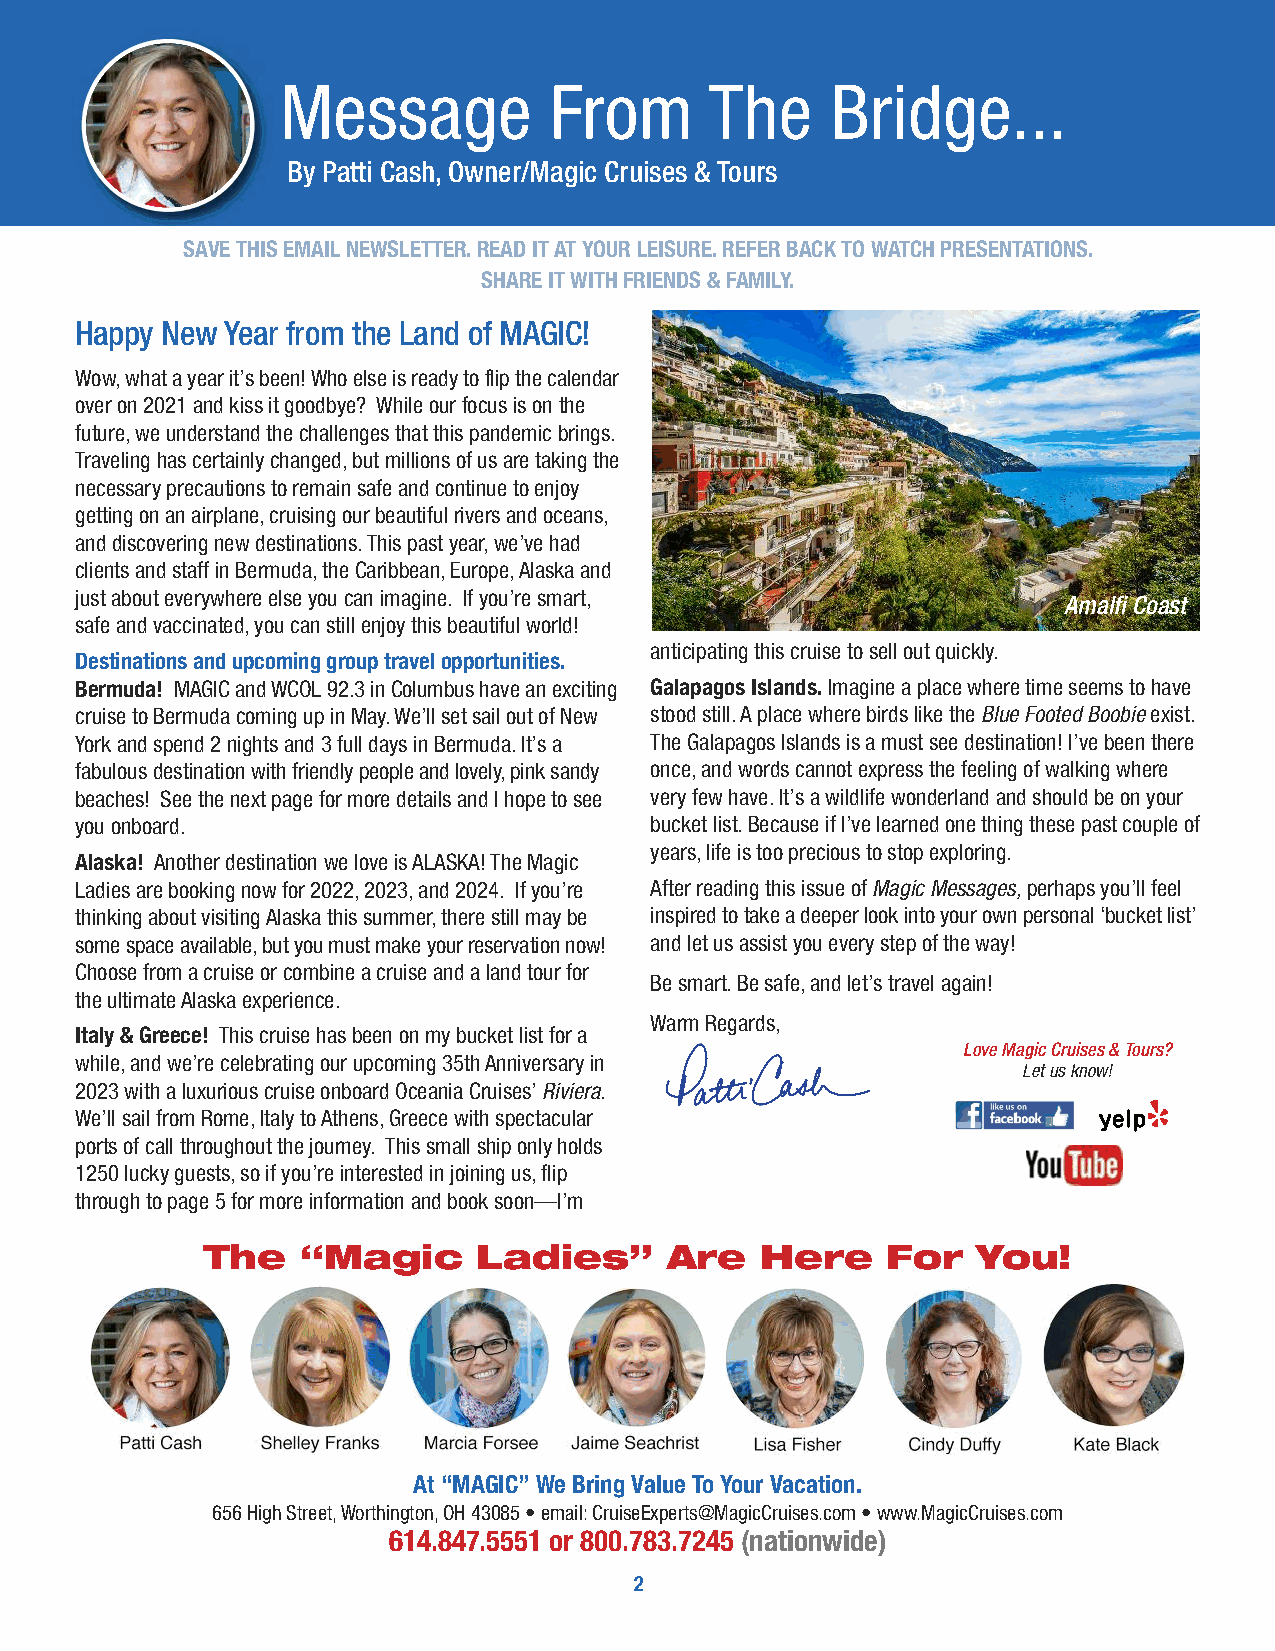
Message           From      The     Bridge...
 By Patti Cash, Owner/Magic Cruises & Tours
 SAVE THIS EMAIL NEWSLETTER. READ IT AT YOUR LEISURE. REFER BACK TO WATCH PRESENTATIONS.
 SHARE IT WITH FRIENDS & FAMILY.
 Happy New Year from the Land of MAGIC!
 Wow, what a year it’s been! Who else is ready to flip the calendar
 over on 2021 and kiss it goodbye? While our focus is on the
 future, we understand the challenges that this pandemic brings.
 Traveling has certainly changed, but millions of us are taking the
 necessary precautions to remain safe and continue to enjoy
 getting on an airplane, cruising our beautiful rivers and oceans,
 and discovering new destinations. This past year, we’ve had
 clients and staff in Bermuda, the Caribbean, Europe, Alaska and
 just about everywhere else you can imagine. If you’re smart,      Amalfi Coast
 safe and vaccinated, you can still enjoy this beautiful world!
 anticipating this cruise to sell out quickly.
 Destinations and upcoming group travel opportunities.
 Bermuda! MAGIC and WCOL 92.3 in Columbushave an exciting Galapagos Islands.Imagine a place where time seems to have
 cruise to Bermuda coming up in May. We’ll set sail out of New stood still. A place where birds like the Blue Footed Boobieexist.
 York and spend 2 nights and 3 full days in Bermuda. It’s a The Galapagos Islands is a must see destination! I’ve been there
 fabulous destination with friendly people and lovely, pink sandy once, and words cannot express the feeling of walking where
 beaches! See the next page for more details and I hope to see very few have. It’s a wildlife wonderland and should be on your
 you onboard.                          bucket list. Because if I’ve learned one thing these past couple of
 years, life is too precious to stop exploring.
 Alaska! Another destination we love is ALASKA! The Magic
 Ladies are booking now for 2022, 2023, and 2024. If you’re After reading this issue of Magic Messages,perhaps you’ll feel
 thinking about visiting Alaska this summer, there still may be inspired to take a deeper look into your own personal ‘bucket list’
 some space available, but you must make your reservation now! and let us assist you every step of the way!
 Choose from a cruise or combine a cruise and a land tour for
 Be smart. Be safe, and let’s travel again!
 the ultimate Alaska experience.
 Warm Regards,
 Italy & Greece! This cruise has been on my bucket list for a
 Love Magic Cruises & Tours?
 while, and we’re celebrating our upcoming 35th Anniversary in
 Let us know!
 2023 with a luxurious cruise onboard Oceania Cruises’ Riviera.
 We’ll sail from Rome, Italy to Athens, Greece with spectacular facebook yelp
 ports of call throughout the journey. This small ship only holds
 1250 lucky guests, so if you’re interested in joining us, flip
 through to page 5 for more information and book soon—I’m
 The   “Magic      Ladies”     Are    Here    For   You!
 At “MAGIC” We Bring Value To Your Vacation.
 656 High Street, Worthington, OH 43085 • email: CruiseExperts@MagicCruises.com • www.MagicCruises.com
 614.847.5551 or 800.783.7245 (nationwide)
 2